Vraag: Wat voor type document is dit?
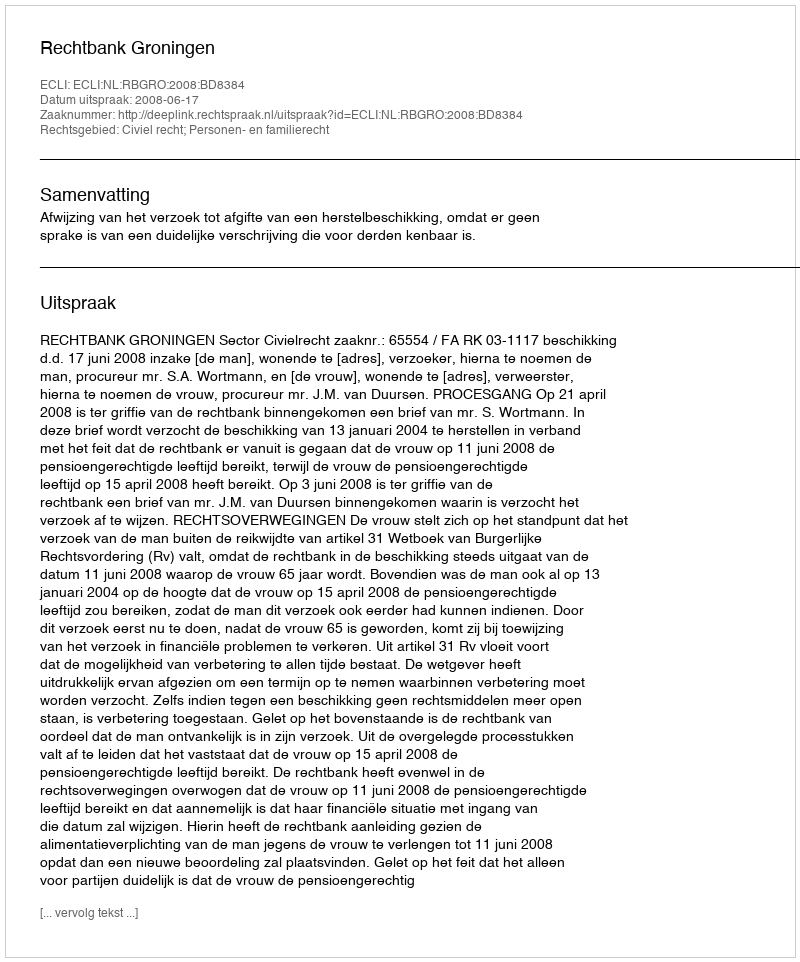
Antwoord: Uitspraak